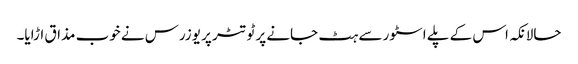
حالانکہ اس کے پلے اسٹور سے ہٹ جانے پر ٹوتٹر پر یوزرس نے خوب مذاق اڑایا۔